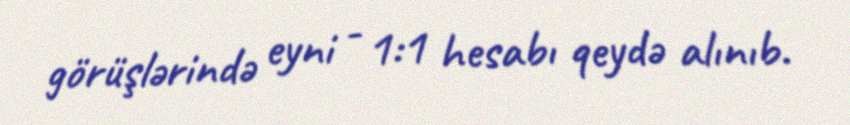
görüşlərində eyni - 1:1 hesabı qeydə alınıb.